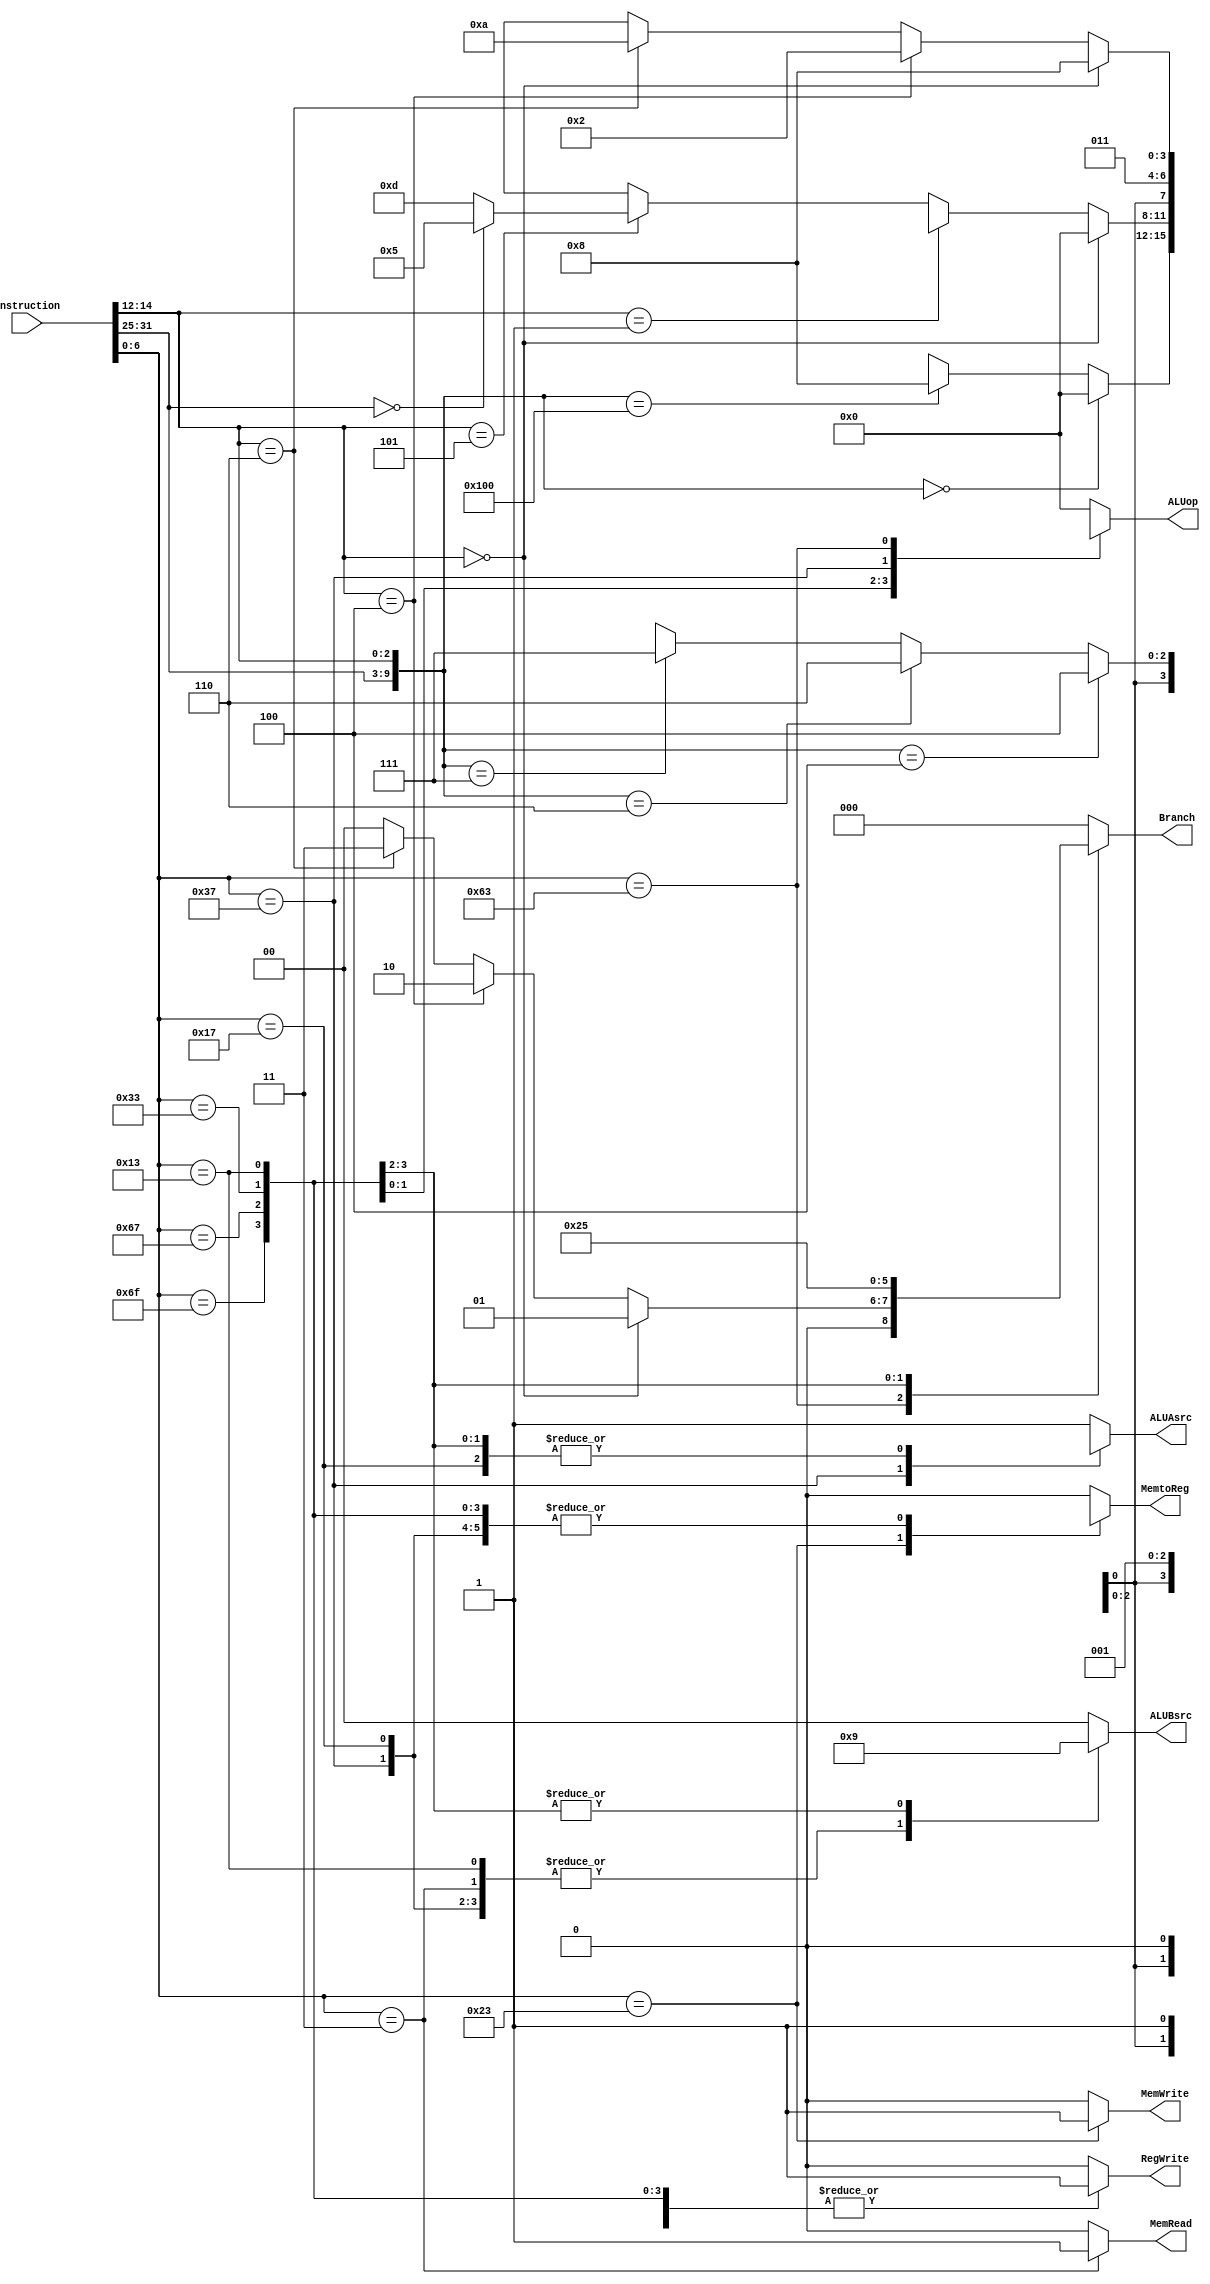
`timescale 1ns / 1ps
//////////////////////////////////////////////////////////////////////////////////
// Company: 
// Engineer: 
// 
// Design Name: 
// Module Name: Control
// Project Name: 
// Target Devices: 
// Tool Versions: 
// Description: 
// 
// Dependencies: 
// 
// Revision:
// Revision 0.01 - File Created
// Additional Comments:
// 
//////////////////////////////////////////////////////////////////////////////////


module Control(
    input [31:0] Instruction,
    output reg ALUAsrc,
    output reg [1:0] ALUBsrc,
    output reg [3:0] ALUop,
    output reg MemRead, MemWrite,
    output reg MemtoReg,
    output reg [2:0] Branch,
    output reg RegWrite
    );

    always @(*) begin
        case (Instruction[6:0])
            7'b0110011: begin
                //addsubandorxor
                ALUAsrc = 1'b1;
                ALUBsrc = 2'b00;
                if({Instruction[31:25], Instruction[14:12]} == 10'b0000000000)
                    //add
                    ALUop = 4'b0000;
                else if({Instruction[31:25], Instruction[14:12]} == 10'b0100000000)
                    //sub
                    ALUop = 4'b1000;
                else if({Instruction[31:25], Instruction[14:12]} == 10'b0000000100)
                    //xor
                    ALUop = 4'bx100;
                else if({Instruction[31:25], Instruction[14:12]} == 10'b0000000110)
                    //or
                    ALUop = 4'bx110;
                else if({Instruction[31:25], Instruction[14:12]} == 10'b0000000111)
                    //and
                    ALUop = 4'bx111;
                else    
                    //avoid latch
                    ALUop = 4'bxxxx;
                MemRead = 1'b0;
                MemWrite = 1'b0;
                MemtoReg = 1'b1;
                Branch = 3'b000;
                RegWrite = 1'b1;
            end
            7'b0010011: begin
                //addisllisrlisrai
                ALUAsrc = 1'b1;
                ALUBsrc = 2'b10;
                if(Instruction[14:12] == 3'b000)
                    //addi
                    ALUop = 4'b0000;
                else if(Instruction[14:12] == 3'b001)
                    //slli
                    ALUop = 4'bx001;
                else if(Instruction[14:12] == 3'b101) begin
                    if(Instruction[31:25] == 7'b0000000)
                        //srli
                        ALUop = 4'b0101;
                    else
                        //srai
                        ALUop = 4'b1101; 
                end
                else
                    ALUop = 4'bxxxx;
                MemRead = 1'b0;
                MemWrite = 1'b0;
                MemtoReg = 1'b1;
                Branch = 3'b000;
                RegWrite = 1'b1;
            end
            7'b0110111: begin
                //lui
                ALUAsrc = 1'bx;
                ALUBsrc = 2'b10;
                ALUop = 4'bx011;
                MemRead = 1'b0;
                MemWrite = 1'b0;
                MemtoReg = 1'b1;
                Branch = 3'b000;
                RegWrite = 1'b1;
            end
            7'b0010111: begin
                //auipc
                ALUAsrc = 1'b0;
                ALUBsrc = 2'b10;
                ALUop = 4'b0000;
                MemRead = 1'b0;
                MemWrite = 1'b0;
                MemtoReg = 1'b1;
                Branch = 3'b000;
                RegWrite = 1'b1;
            end
            7'b0000011: begin
                //lw
                ALUAsrc = 1'b1;
                ALUBsrc = 2'b10;
                ALUop = 4'b0000;
                MemRead = 1'b1;
                MemWrite = 1'b0;
                MemtoReg = 1'b0;
                Branch = 3'b000;
                RegWrite = 1'b1;
            end
            7'b0100011: begin
                //sw
                ALUAsrc = 1'b1;
                ALUBsrc = 2'b10;
                ALUop = 4'b0000;
                MemRead = 1'b0;
                MemWrite = 1'b1;
                MemtoReg = 1'bx;
                Branch = 3'b000;
                RegWrite = 1'b0;
            end
            7'b1100011: begin
                //beqbltbltu
                ALUAsrc = 1'b1;
                ALUBsrc = 2'b00;
                if(Instruction[14:12] == 3'b000) begin
                    //beq
                    ALUop = 4'b1000;
                    Branch = 3'b001;
                end
                else if(Instruction[14:12] == 3'b100) begin
                    //blt
                    ALUop = 4'b0010;
                    Branch = 3'b010;
                end
                else if(Instruction[14:12] == 3'b110) begin
                    //bltu
                    ALUop = 4'b1010;
                    Branch = 3'b011;
                end
                else begin
                    //avoid latch
                    ALUop = 4'bxxxx;
                    Branch = 3'b000;
                end
                MemRead = 1'b0;
                MemWrite = 1'b0;
                MemtoReg = 1'b0;
                RegWrite = 1'b0;
            end
            7'b1101111: begin
                //jal
                ALUAsrc = 1'b0;
                ALUBsrc = 2'b01;
                ALUop = 4'b0000;
                MemRead = 1'b0;
                MemWrite = 1'b0;
                MemtoReg = 1'b1;
                Branch = 3'b100;
                RegWrite = 1'b1;
            end
            7'b1100111: begin
                //jalr
                ALUAsrc = 1'b0;
                ALUBsrc = 2'b01;
                ALUop = 4'b0000;
                MemRead = 1'b0;
                MemWrite = 1'b0;
                MemtoReg = 1'b1;
                Branch = 3'b101;
                RegWrite = 1'b1;
            end
            default: begin
                //avoid latch
                ALUAsrc = 1'b1;
                ALUBsrc = 2'b00;
                ALUop = 4'b0000;
                MemRead = 1'b0;
                MemWrite = 1'b0;
                MemtoReg = 1'b0;
                Branch = 3'b000;
                RegWrite = 1'b0;
            end
        endcase
    end

endmodule